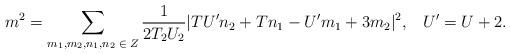
LaTeX: \begin{align*}m^2= \sum_{m_1, m_2, n_1, n_2\;\in\;Z} \frac{1}{2T_2U_2}|TU^{\prime}n_2 + T n_1 - U^{\prime}m_1 + 3m_2|^2,\;\;\;U^{\prime} = U+2.\end{align*}